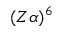
( Z \alpha ) ^ { 6 }